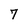
Character: 7